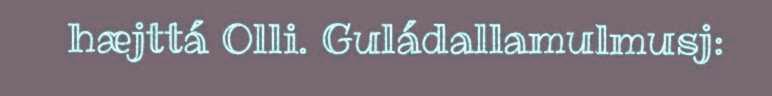
hæjttá Olli. Guládallamulmusj: